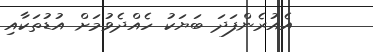
އެއުރެންފަދަ ބަޔަކު ހެއްދެވުމަށް އުޑުތަކާއި